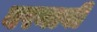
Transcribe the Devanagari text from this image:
बरनाबी